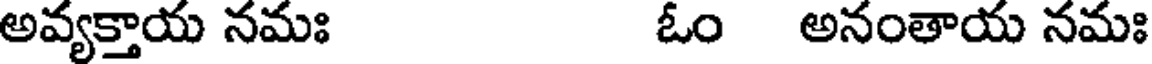
అవ్యక్తాయ నమః ఓం అనంతాయ నమః